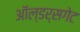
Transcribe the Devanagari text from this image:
ऑल्डर्सगेट